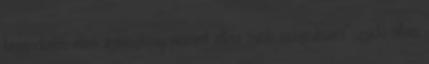
bevándorlás ellen „keresztény nemzet elleni zsidó összesküvés” „zsidó állam